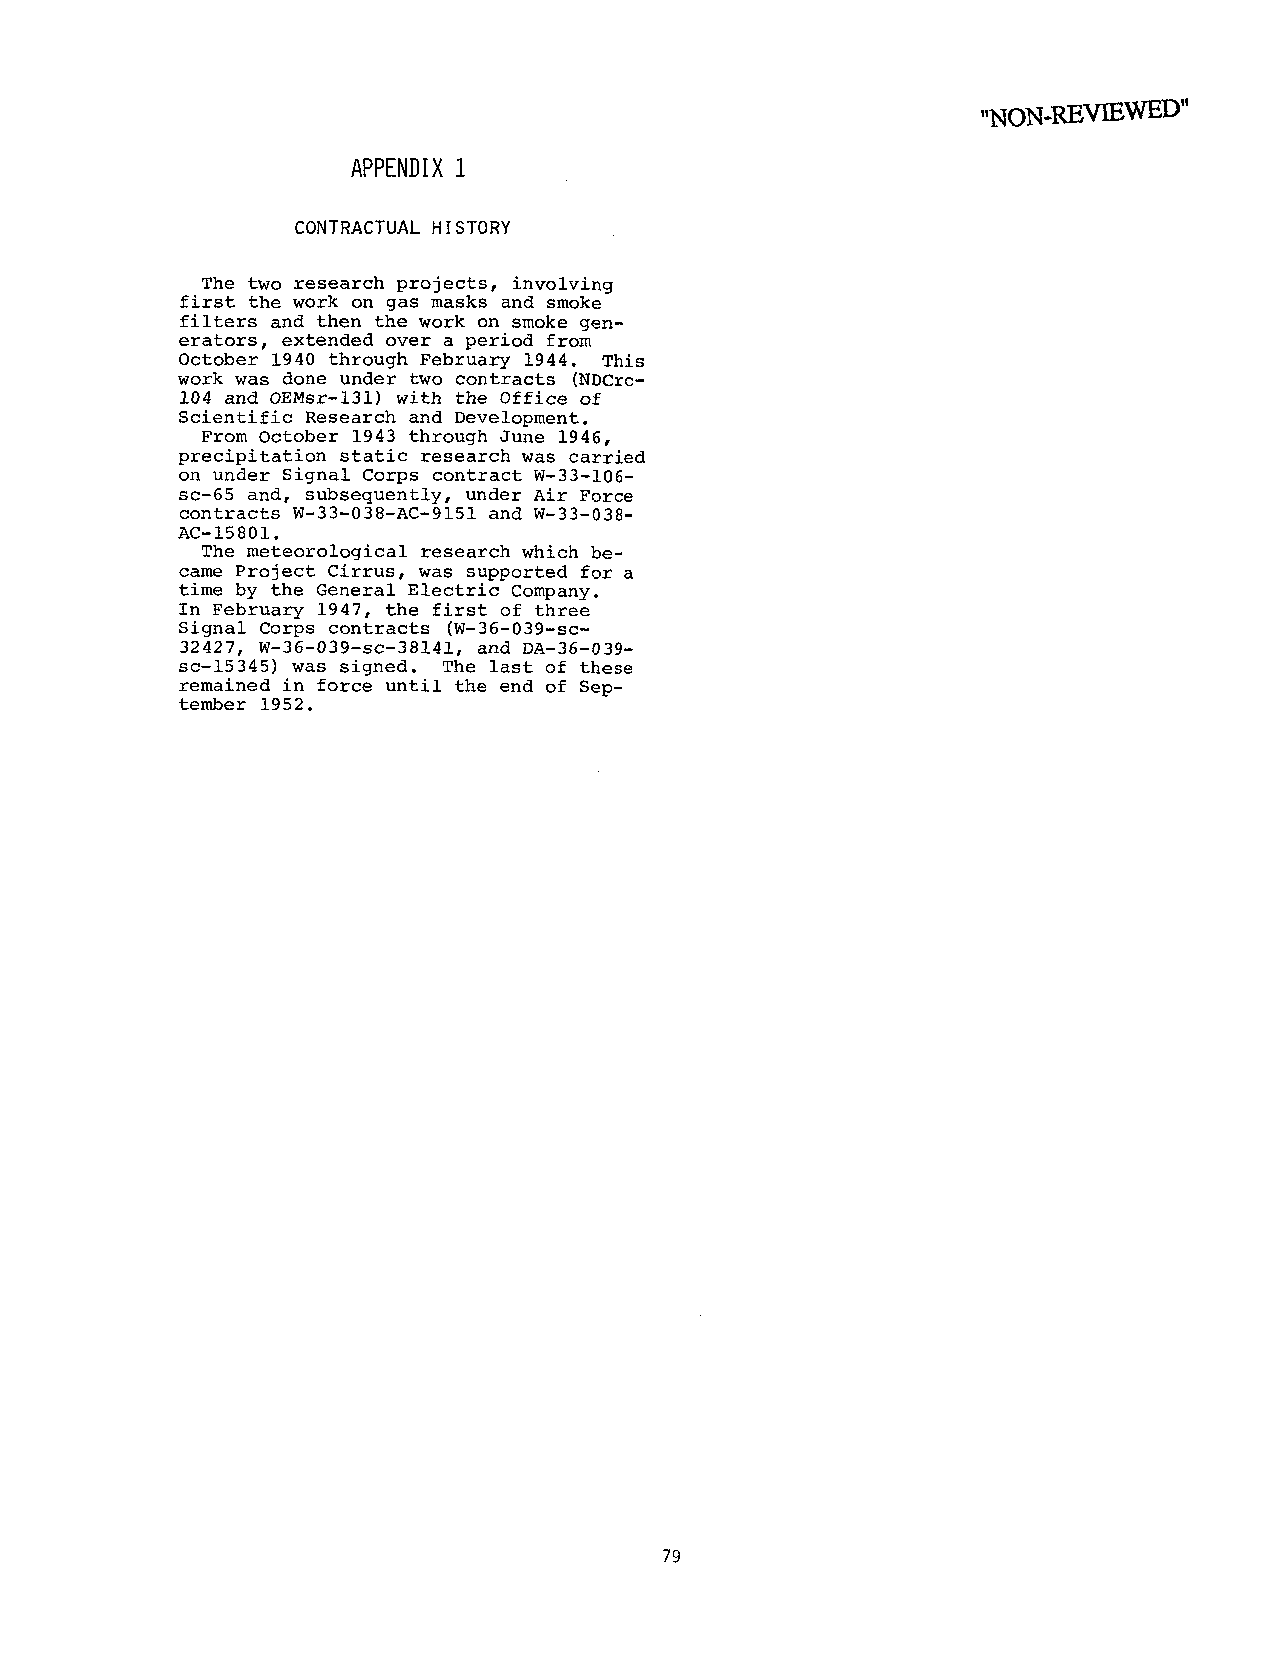
,,NON-REVIEWED"
 APPENDIiX
 CONTRACTUAL HISTORY
 The two research projects, involving
 first the work on gas masks and smoke
 filters and then the work on smoke gen-
 erators, extended over a period from
 October 1940 through February 1944. This
 work was done under two contracts (NDCrc-
 104 and OEMsr-131) with the Office of
 Scientific Research and Development.
 From October 1943 through June 1946,
 precipitation static research was carried
 on under Signal Corps contract W-33-106-
 sc-65 and, subsequently, under Air Force
 contracts W-33-038-AC-9151 and W-33-038-
 AC-15801.
 The meteorological research which be-
 came Project Cirrus, was supported for a
 time by the General Electric Company.
 In February 1947, the first of three
 Signal Corps contracts (W-36-039-sc-
 32427, W-36-039-sc-38141, and DA-36-039-
 sc-15345) was signed. The last of these
 remained in force until the end of Sep-
 tember 1952.
 79